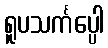
ရူပသင်္ကပ္ပေါ